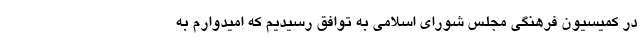
در کمیسیون فرهنگی مجلس شورای اسلامی به توافق رسیدیم که امیدوارم به